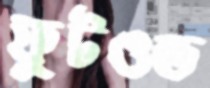
ফুটওভ